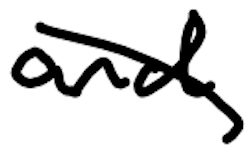
Text: and
Cross-out: mix
Writing tool: digital_black